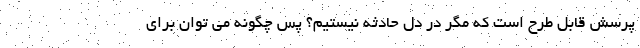
پرسش قابل طرح است که مگر در دل حادثه نیستیم؟ پس چگونه می توان برای